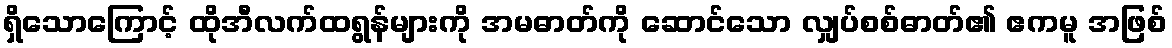
ရှိသောကြောင့် ထိုအီလက်ထရွန်များကို အမဓာတ်ကို ဆောင်သော လျှပ်စစ်ဓာတ်၏ ဧကမူ အဖြစ်